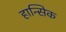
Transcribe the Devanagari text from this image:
हान्सिक